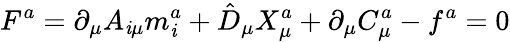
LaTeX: F^{a}=\partial_{\mu}A_{\mathit{i}\mu}m_{\mathit{i}}^{a}+\hat{{D}}_{\mu}X_{\mu}^{a}+\partial_{\mu}C_{\mu}^{a}-f^{a}=0